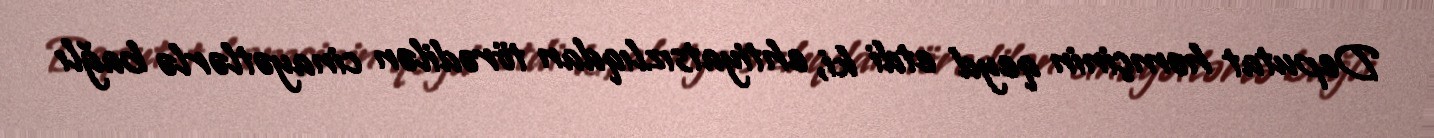
Deputat həmçinin qeyd etdi ki, ehtiyatsızlıqdan törədilən cinayətlərlə bağlı